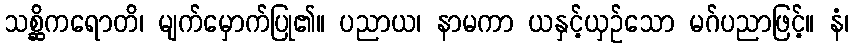
သစ္ဆိကရောတိ၊ မျက်မှောက်ပြု၏။ ပညာယ၊ နာမကာ ယနှင့်ယှဉ်သော မဂ်ပညာဖြင့်။ နံ၊